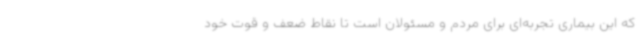
که این بیماری تجربه‌ای برای مردم و مسئولان است تا نقاط ضعف و قوت خود